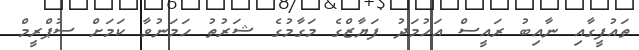
ތައުފީގާއި ނާއިބު ރައީސް އަހުމަދު ފަޔާޒްގެ މަގާމުގެ ޝަރުތު ހަމަނުވާ ކަމަށް ސުޕްރީމް